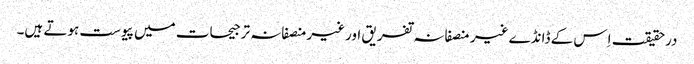
درحقیقت اِس کے ڈانڈے غیر منصفانہ تفریق اورغیرمنصفانہ ترجیحات میں پیوست ہوتے ہیں۔